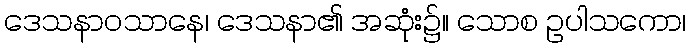
ဒေသနာဝသာနေ၊ ဒေသနာ၏ အဆုံး၌။ သောစ ဥပါသကော၊